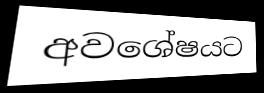
අවශේෂයට